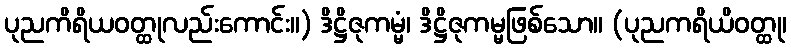
ပုညကိရိယဝတ္ထုလည်းကောင်း။) ဒိဋ္ဌိဇုကမ္မံ၊ ဒိဋ္ဌိဇုကမ္မဖြစ်သော။ (ပုညကရိယိဝတ္ထု၊